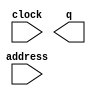
module BC (
	address,
	clock,
	q);

	input	[0:0]  address;
	input	  clock;
	output	[15:0]  q;

endmodule